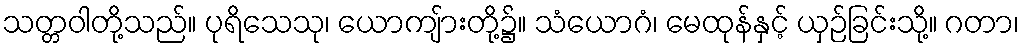
သတ္တဝါတို့သည်။ ပုရိသေသု၊ ယောကျ်ားတို့၌။ သံယောဂံ၊ မေထုန်နှင့် ယှဉ်ခြင်းသို့။ ဂတာ၊